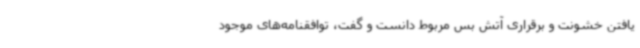
یافتن خشونت و برقراری آتش بس مربوط دانست و گفت، توافقنامه‌های موجود